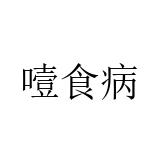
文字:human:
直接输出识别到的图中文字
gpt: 噎食病